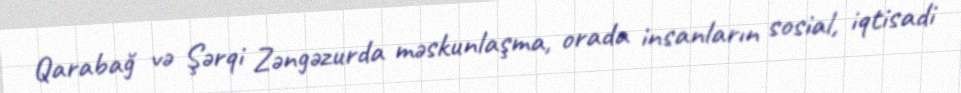
Qarabağ və Şərqi Zəngəzurda məskunlaşma, orada insanların sosial, iqtisadi